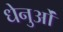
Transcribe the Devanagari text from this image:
धेनुओं